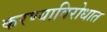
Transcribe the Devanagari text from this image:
करण्याविरोधात